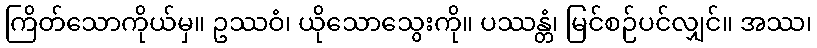
ကြိတ်သောကိုယ်မှ။ ဥဿဝံ၊ ယိုသောသွေးကို။ ပဿန္တံ၊ မြင်စဉ်ပင်လျှင်။ အဿ၊